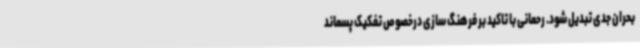
بحران جدی تبدیل شود. رحمانی با تاکید بر فرهنگ سازی درخصوص تفکیک پسماند